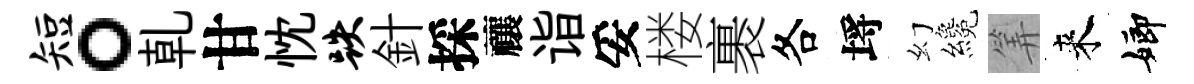
短。乹甘忱跌針採禳诣妥楼裹各埓幻纔筭来嫏